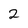
Character: 2